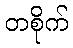
တစိုက်